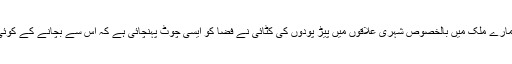
مگر افسوس کی بات یہ ہے کہ ہمارے ملک میں بالخصوص شہری علاقوں میں پیڑ پودوں کی کٹائی نے فضا کو ایسی چوٹ پہنچائی ہے کہ اس سے بچانے کے کوئی جتن کامیاب نہیں ہو سکیں گے۔